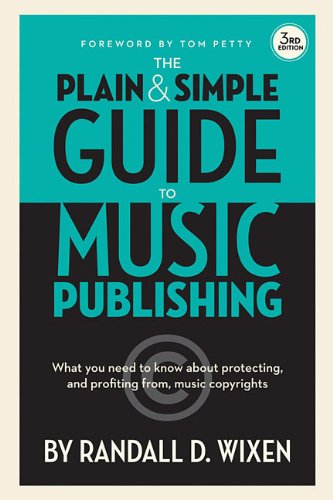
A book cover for The Plain and Simple Guide to Music Publishing: What You Need to Know About Protecting and Profiting from Music Copyrights, 3rd Edition; Randall D. Wixen; Arts & Photography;